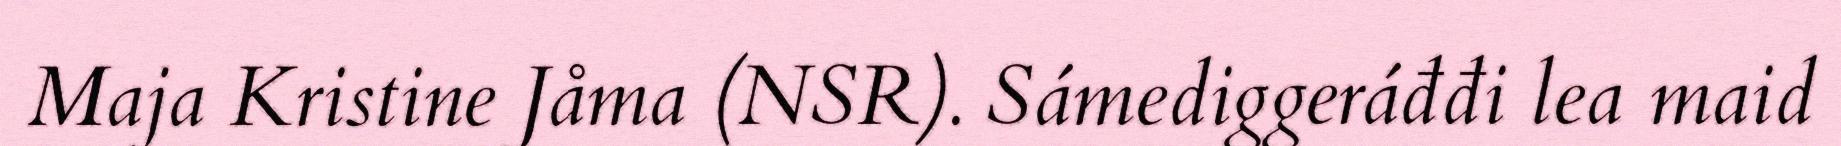
Maja Kristine Jåma (NSR). Sámediggeráđđi lea maid